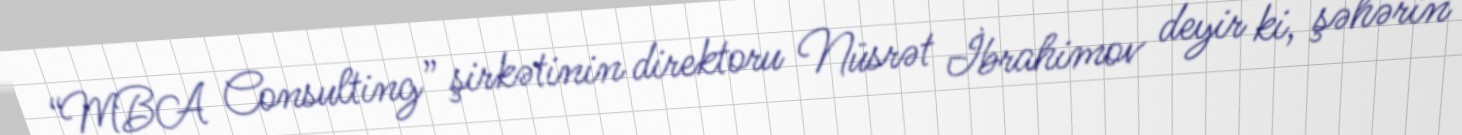
“MBA Consulting” şirkətinin direktoru Nüsrət İbrahimov deyir ki, şəhərin